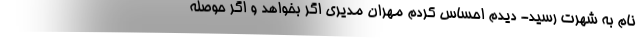
نام به شهرت رسید- دیدم احساس کردم مهران مدیری اگر بخواهد و اگر حوصله